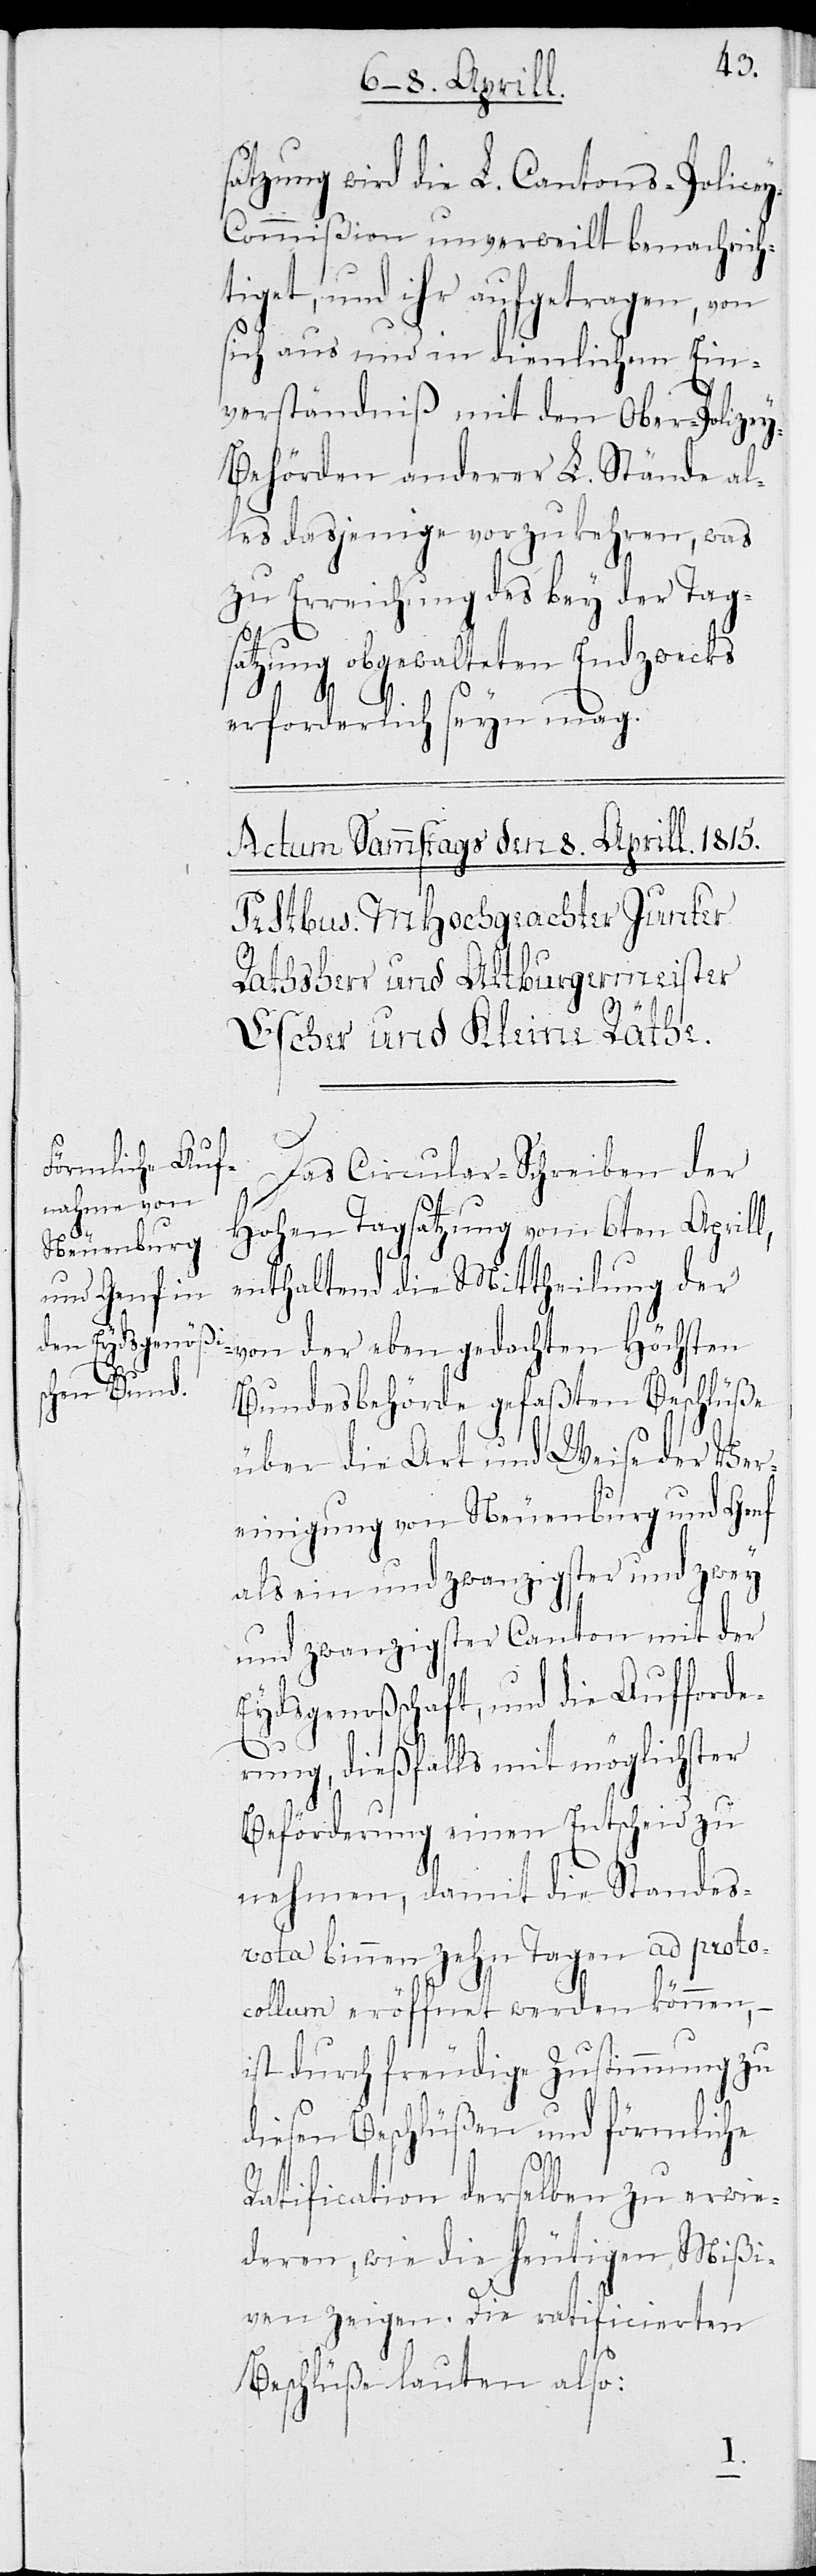
satzung wird die L. Cantons-Police¬
y-Commision unverweilt benachrich¬
tiget, und ihr aufgetragen, von
sich aus und in dienlichem Ein¬
verständnis mit den Ober-Polizey-B¬
ehörden anderer Stände al¬
les dasjenige vorzukehren, was
zu Erreichung des bey der Tag¬
satzung obgewalteten Endzwecks
erforderlich seyn mag.
Das Circular-Schreiben der
Hohen Tagsatzung vom 6ten Aprill,
enthaltend die Mittheilung der
von der eben gedachten höchsten
Bundesbehörde gefaßten Beschlüße
über die Art und Weise der Ver¬
einigung von Neuenburg und Genf
als ein und zwanzigster und zwei
und zwanzigster Canton mit der
Eydsgenoßschaft, und die Aufforde¬
rung, dießfalls mit möglichster
Beföderung einen Entscheid zu
nehmen, damit die Standes¬
vota binnen zehn Tagen ad proto¬
collum eröffnet werden können,
ist durch freudige Zustimmung zu
diesen Beschlüßen und förmliche
Ratification derselben zu erwie¬
deren, wie die heutigen Mißi¬
ven zeigen. Die ratificierten
Beschlüße lauten also: